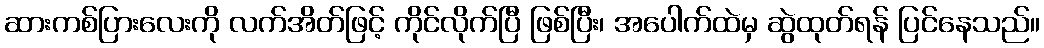
ဆားကစ်ပြားလေးကို လက်အိတ်ဖြင့် ကိုင်လိုက်ပြီ ဖြစ်ပြီး၊ အပေါက်ထဲမှ ဆွဲထုတ်ရန် ပြင်နေသည်။